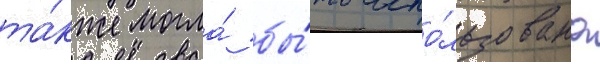
та́кже могла́ бы́ть испо́льзована